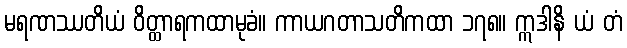
မရဏဿတိယံ ဝိတ္ထာရကထာမုခံ။ ကာယဂတာသတိကထာ ၁၇၈။ ဣဒါနိ ယံ တံ